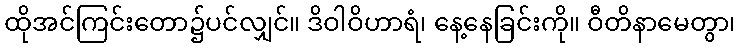
ထိုအင်ကြင်းတော၌ပင်လျှင်။ ဒိဝါဝိဟာရံ၊ နေ့နေခြင်းကို။ ဝီတိနာမေတွာ၊